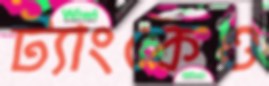
ট্যাংকেও